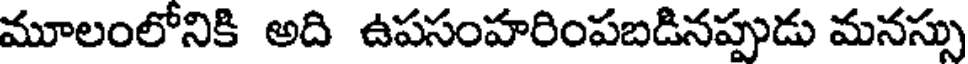
మూలంలోనికి అది ఉపసంహరింపబడినప్పుడు మనస్సు